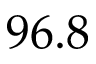
9 6 . 8